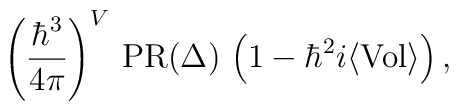
\left({\hbar^3\over 4\pi}\right)^V\,{\rm PR}(\Delta)\,\left(1-\hbar^2 i\langle{\rm Vol}\rangle\right),